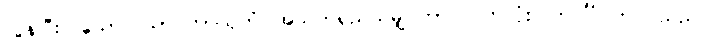
လွန်ပြီးလသော်။ ယာဝတာယုကံ၊ အသက်ရှည်သမျှ ကာလပတ်လုံး။ ဘဝင်္ဂံ၊ ဘဝင်သည်။